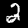
Label: 2